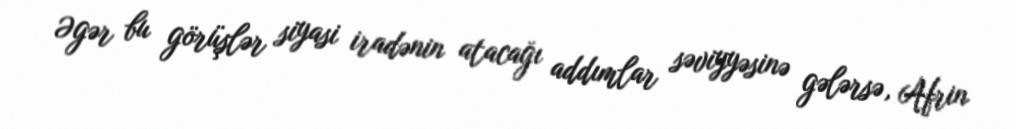
Əgər bu görüşlər siyasi iradənin atacağı addımlar səviyyəsinə gələrsə, Afrin